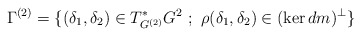
\begin{align*} \Gamma^{(2)} = \{ (\delta_1,\delta_2)\in T_{G^{(2)}}^*G^{2}\ ;\ \rho(\delta_1,\delta_2)\in (\ker dm)^\perp \}\end{align*}